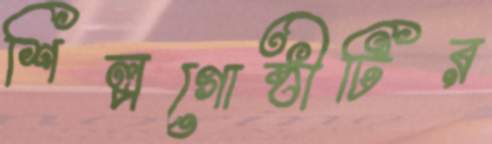
শিল্পগোষ্ঠীটির